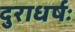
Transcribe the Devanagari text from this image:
दुराधर्षः